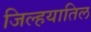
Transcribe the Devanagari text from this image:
जिल्हयातिल